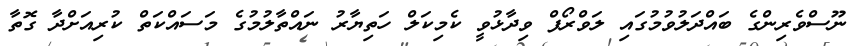
ނޫސްވެރިންގެ ބައްދަލުވުމުގައި ލަވްރޯފް ވިދާޅުވީ ކެމިކަލް ހަތިޔާރު ނައްތާލުމުގެ މަސައްކަތް ކުރިއަށްދާ ގޮތާ